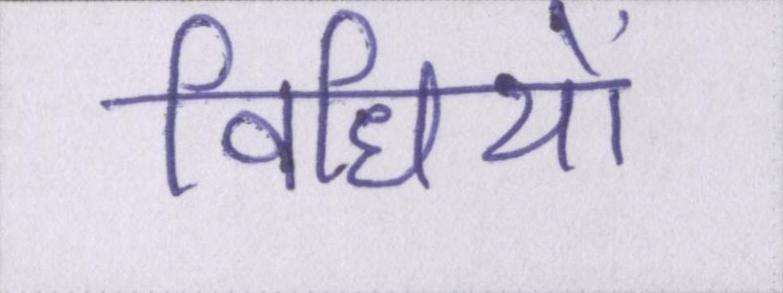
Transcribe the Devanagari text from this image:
विधियों